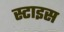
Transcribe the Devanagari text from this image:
स्टाइस